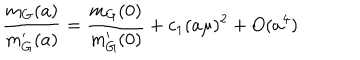
{ \frac { m _ { G } ( a ) } { m _ { G } ^ { \prime } ( a ) } } = { \frac { m _ { G } ( 0 ) } { m _ { G } ^ { \prime } ( 0 ) } } + c _ { 1 } ( a \mu ) ^ { 2 } + O ( a ^ { 4 } )